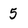
Character: 5